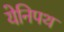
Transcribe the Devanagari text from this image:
येनिपथ